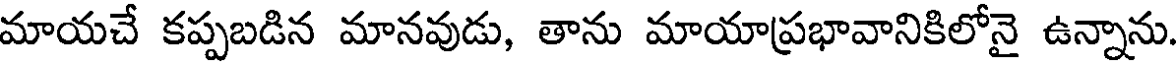
మాయచే కప్పబడిన మానవుడు, తాను మాయాప్రభావానికిలోనై ఉన్నాను.